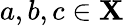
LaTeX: a,b,c\in\mathbf{X}